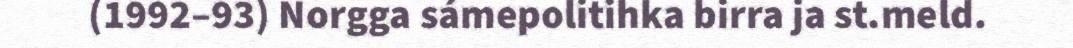
(1992–93) Norgga sámepolitihka birra ja st.meld.